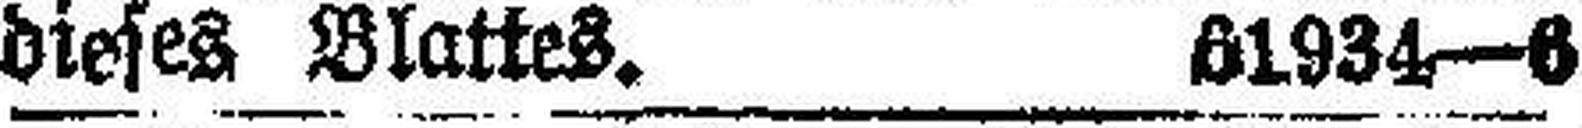
dieses Blattes. 61934—6